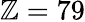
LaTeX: \mathbb{Z}=79